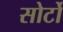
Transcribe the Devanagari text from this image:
सोर्टो